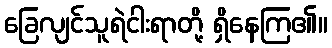
ခြေလျင်သူရဲငါးရာတို့ ရှိနေကြ၏။